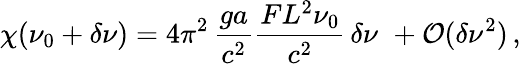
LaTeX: \chi(\nu_{0}+\delta\nu)=4\pi^{2}\, \frac{ga}{c^{2}}\frac{FL^{2}\nu_{0}}{c^{2}}\, \delta\nu\, \, +\mathcal{O}(\delta\nu^{2})\, ,